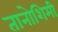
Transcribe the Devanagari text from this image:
तानोशिमी